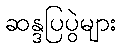
ဆန္ဒပြပွဲများ